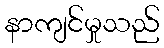
နာကျင်မှုသည်